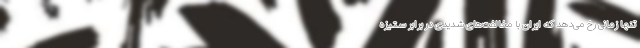
تنها زمانی رخ می‌دهد که ایران با مخالفت‌های شدیدی در برابر ستیزه‌